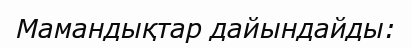
Мамандықтар дайындайды: